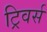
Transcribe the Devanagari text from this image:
ट्रिवर्स